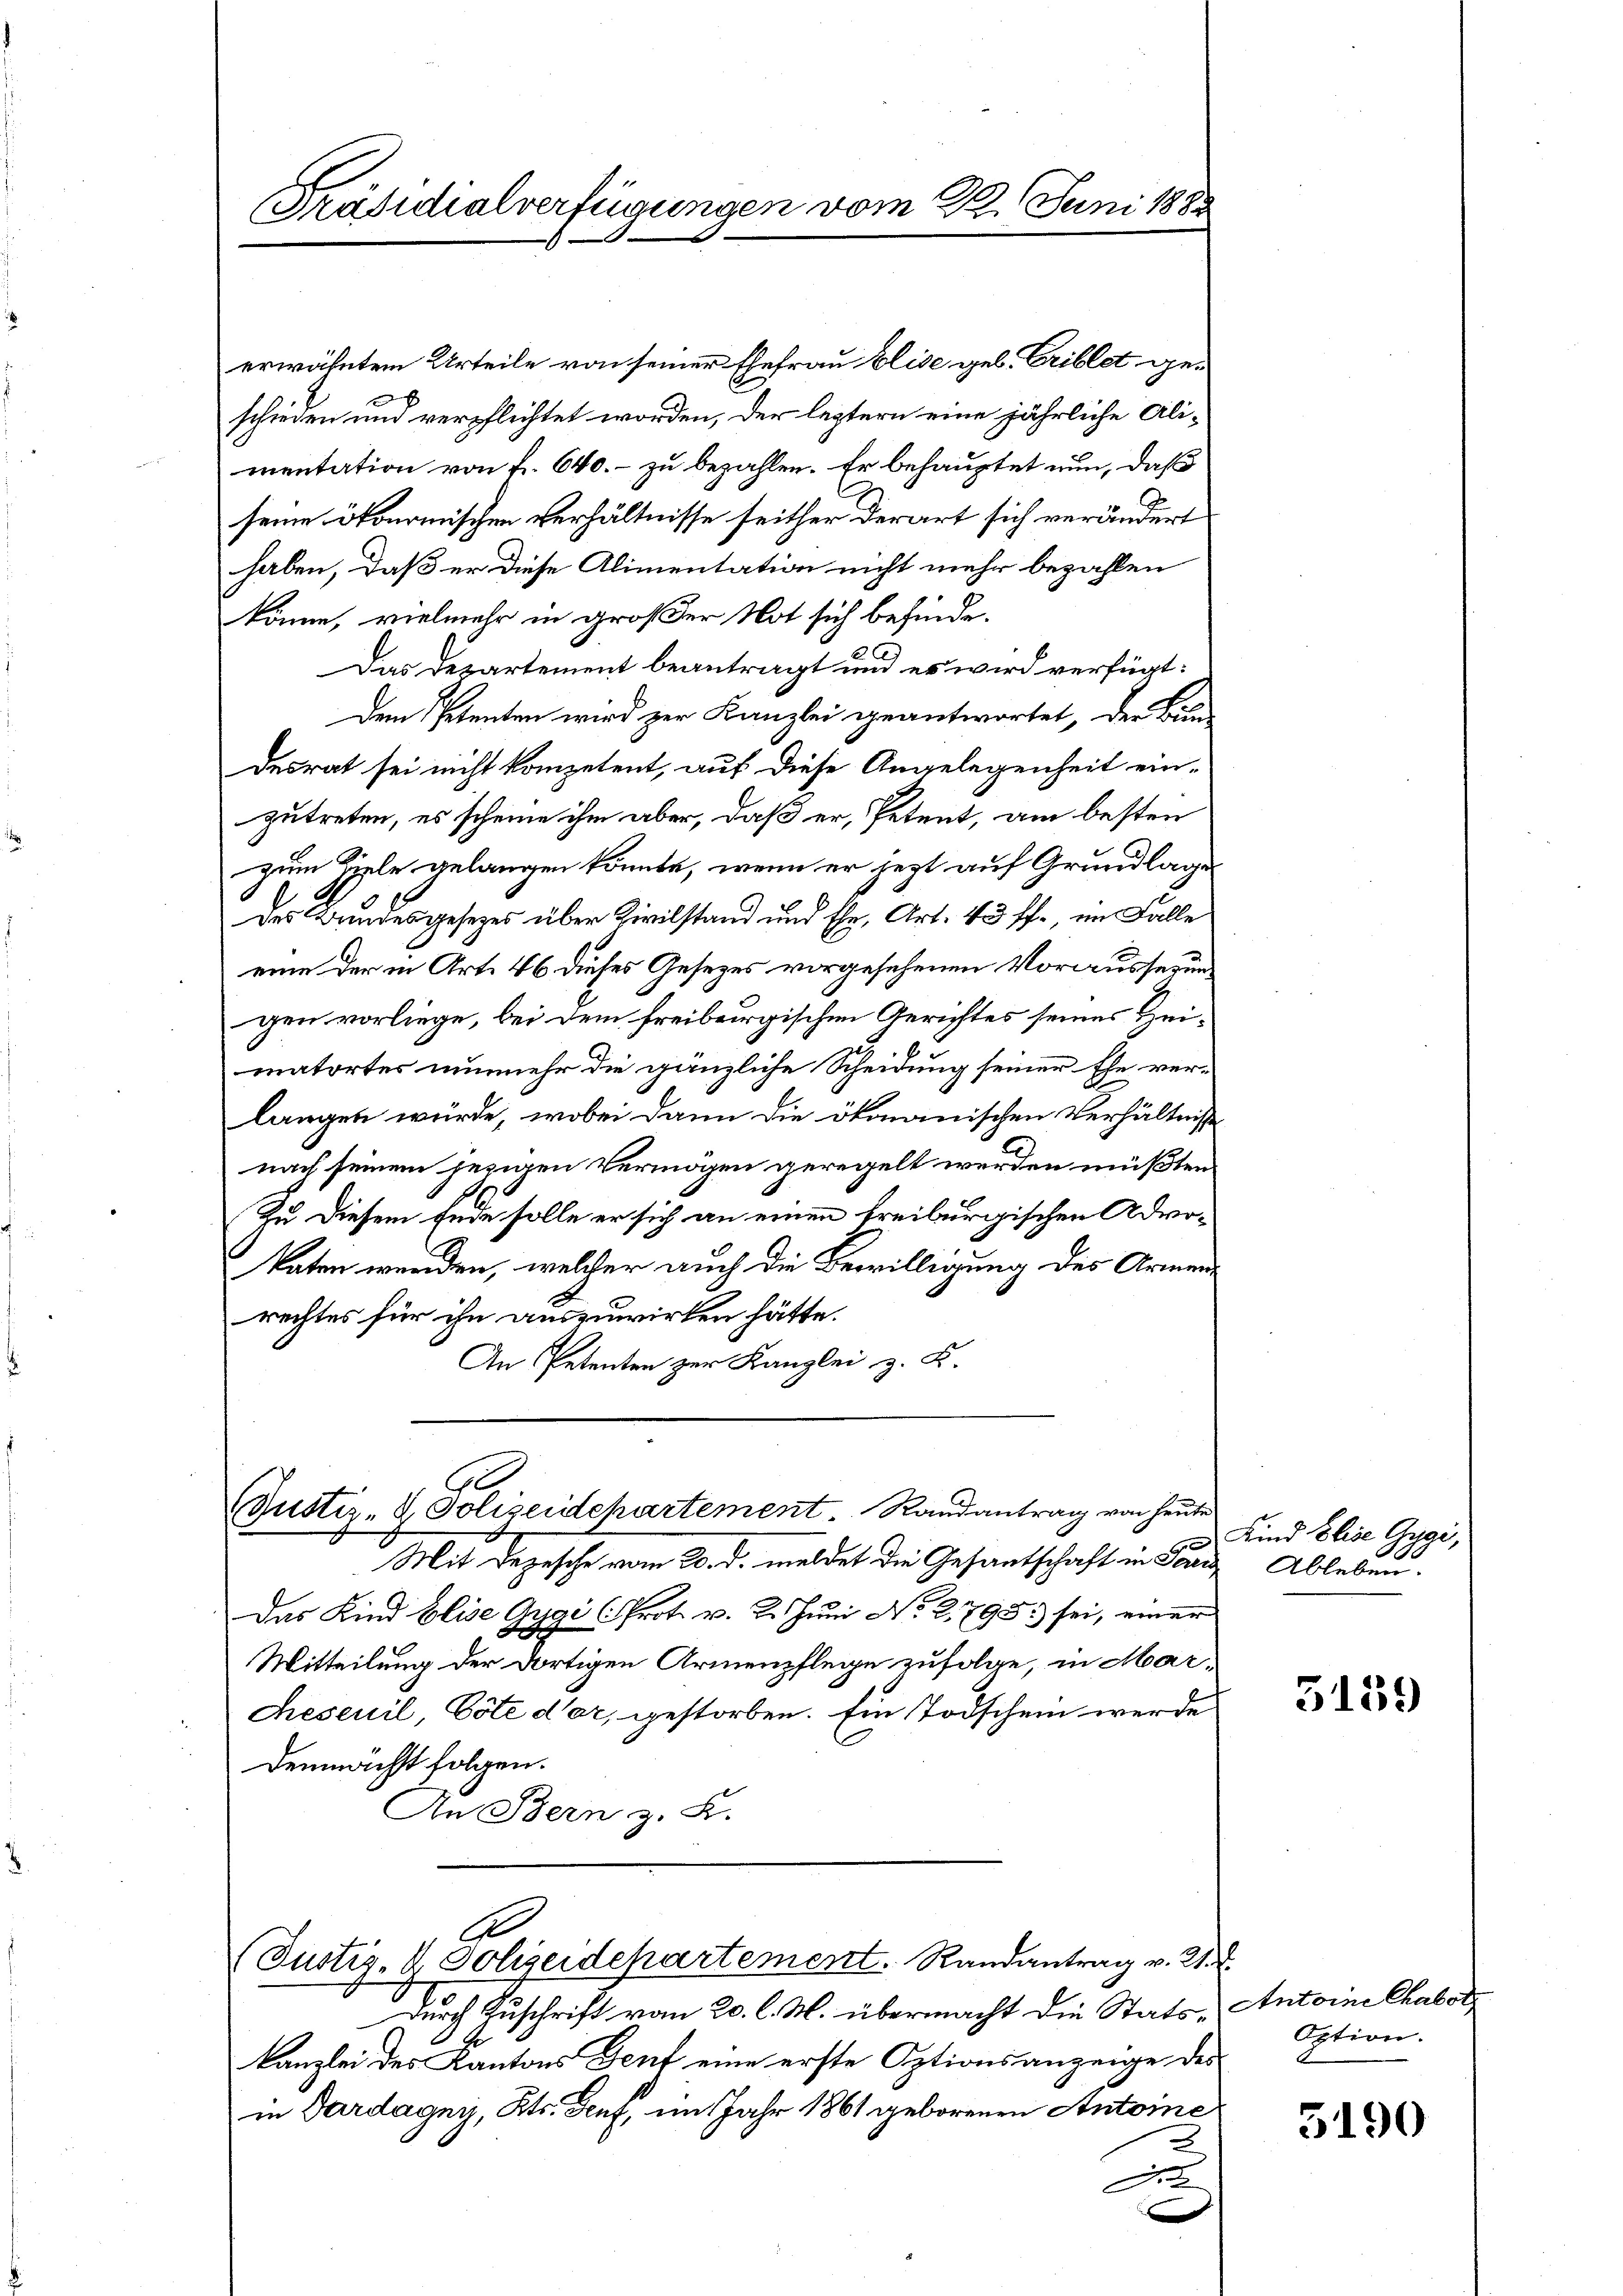
Präsidialverfügungen vom 22. Juni 1883

0
ustiz- & Polizeidchartement Randantrag von heute

erwähntem Urteile von seiner Ehefrau Elise geb. Eriblet geschieden und verpflichtet worden, der leztern eine jährliche Ali-
mentation von f. 640. zu bezahlen. Er behauptet nun, daß
seine ökonomischen Verhältnisse seither derart sich verändert
haben, daß er diese Alimentation nicht mehr bezahlen
könne, vielmehr in großer Not sich befinde.
2
Das Departement beantragt und es wird verfügt:
Dem Petenten wird zur Kanzlei geantwortet, der Bin
desrat sei nicht kompetent, auf diese Angelegenheit ein-
zutreten, es scheine ihm aber, daß er, Petent, am besten
zum Ziele gelangen könnte, wenn er jezt auf Grundlage
des Bundesgesezes über Zivilstand und Ehe, Art. 43 ff., im Falle
eine der in Art. 46 dieses Gesetzes vorgesehenen Voraussezung
gen vorliege, bei dem freibergischen Gerichtes seines Heimatortes nunmehr die gänzliche Scheidung seiner Ehe ver-
langen würde, wobei dann die ökmanischen Verhältniss
nach seinem jezigen Vermögen geregelt werden müßten
Zu diesem Ende solle er sich an einen freiburgischen Advokaten werden, welcher auch die Bewilligung des Armen
rechtes für ihn auszuwirken hätte.
An Petenten zur Kanzlei z. K.

Mit Depesche vom 20. d. meldet die Gesantschaft in Fand Ableben.
Das Kind Elise Gygi (Prot. v. 2. Juni No 21795. sei, einer
Mitteilung der dortigen Armenpflege zufolge, in Mar¬
Ceseuil, Cote der, gestorben. Ein Todschein werde
demnächst folgen.
An Bern z. B.

A
(Justiz- & Polizeidepartement. Randantrag v. 21. d.

Durch Zuschrift vom 20. l. M. übermacht die Stats Antoine Chabot¬
Kanzlei der Kantons Genf eine erste Optionsanzeige des
in Dardagny, Kts. Genf, im Jahr 1861 geborenen Antoine

x

Kind Elise Gygi,

3159

Option.
5190
2